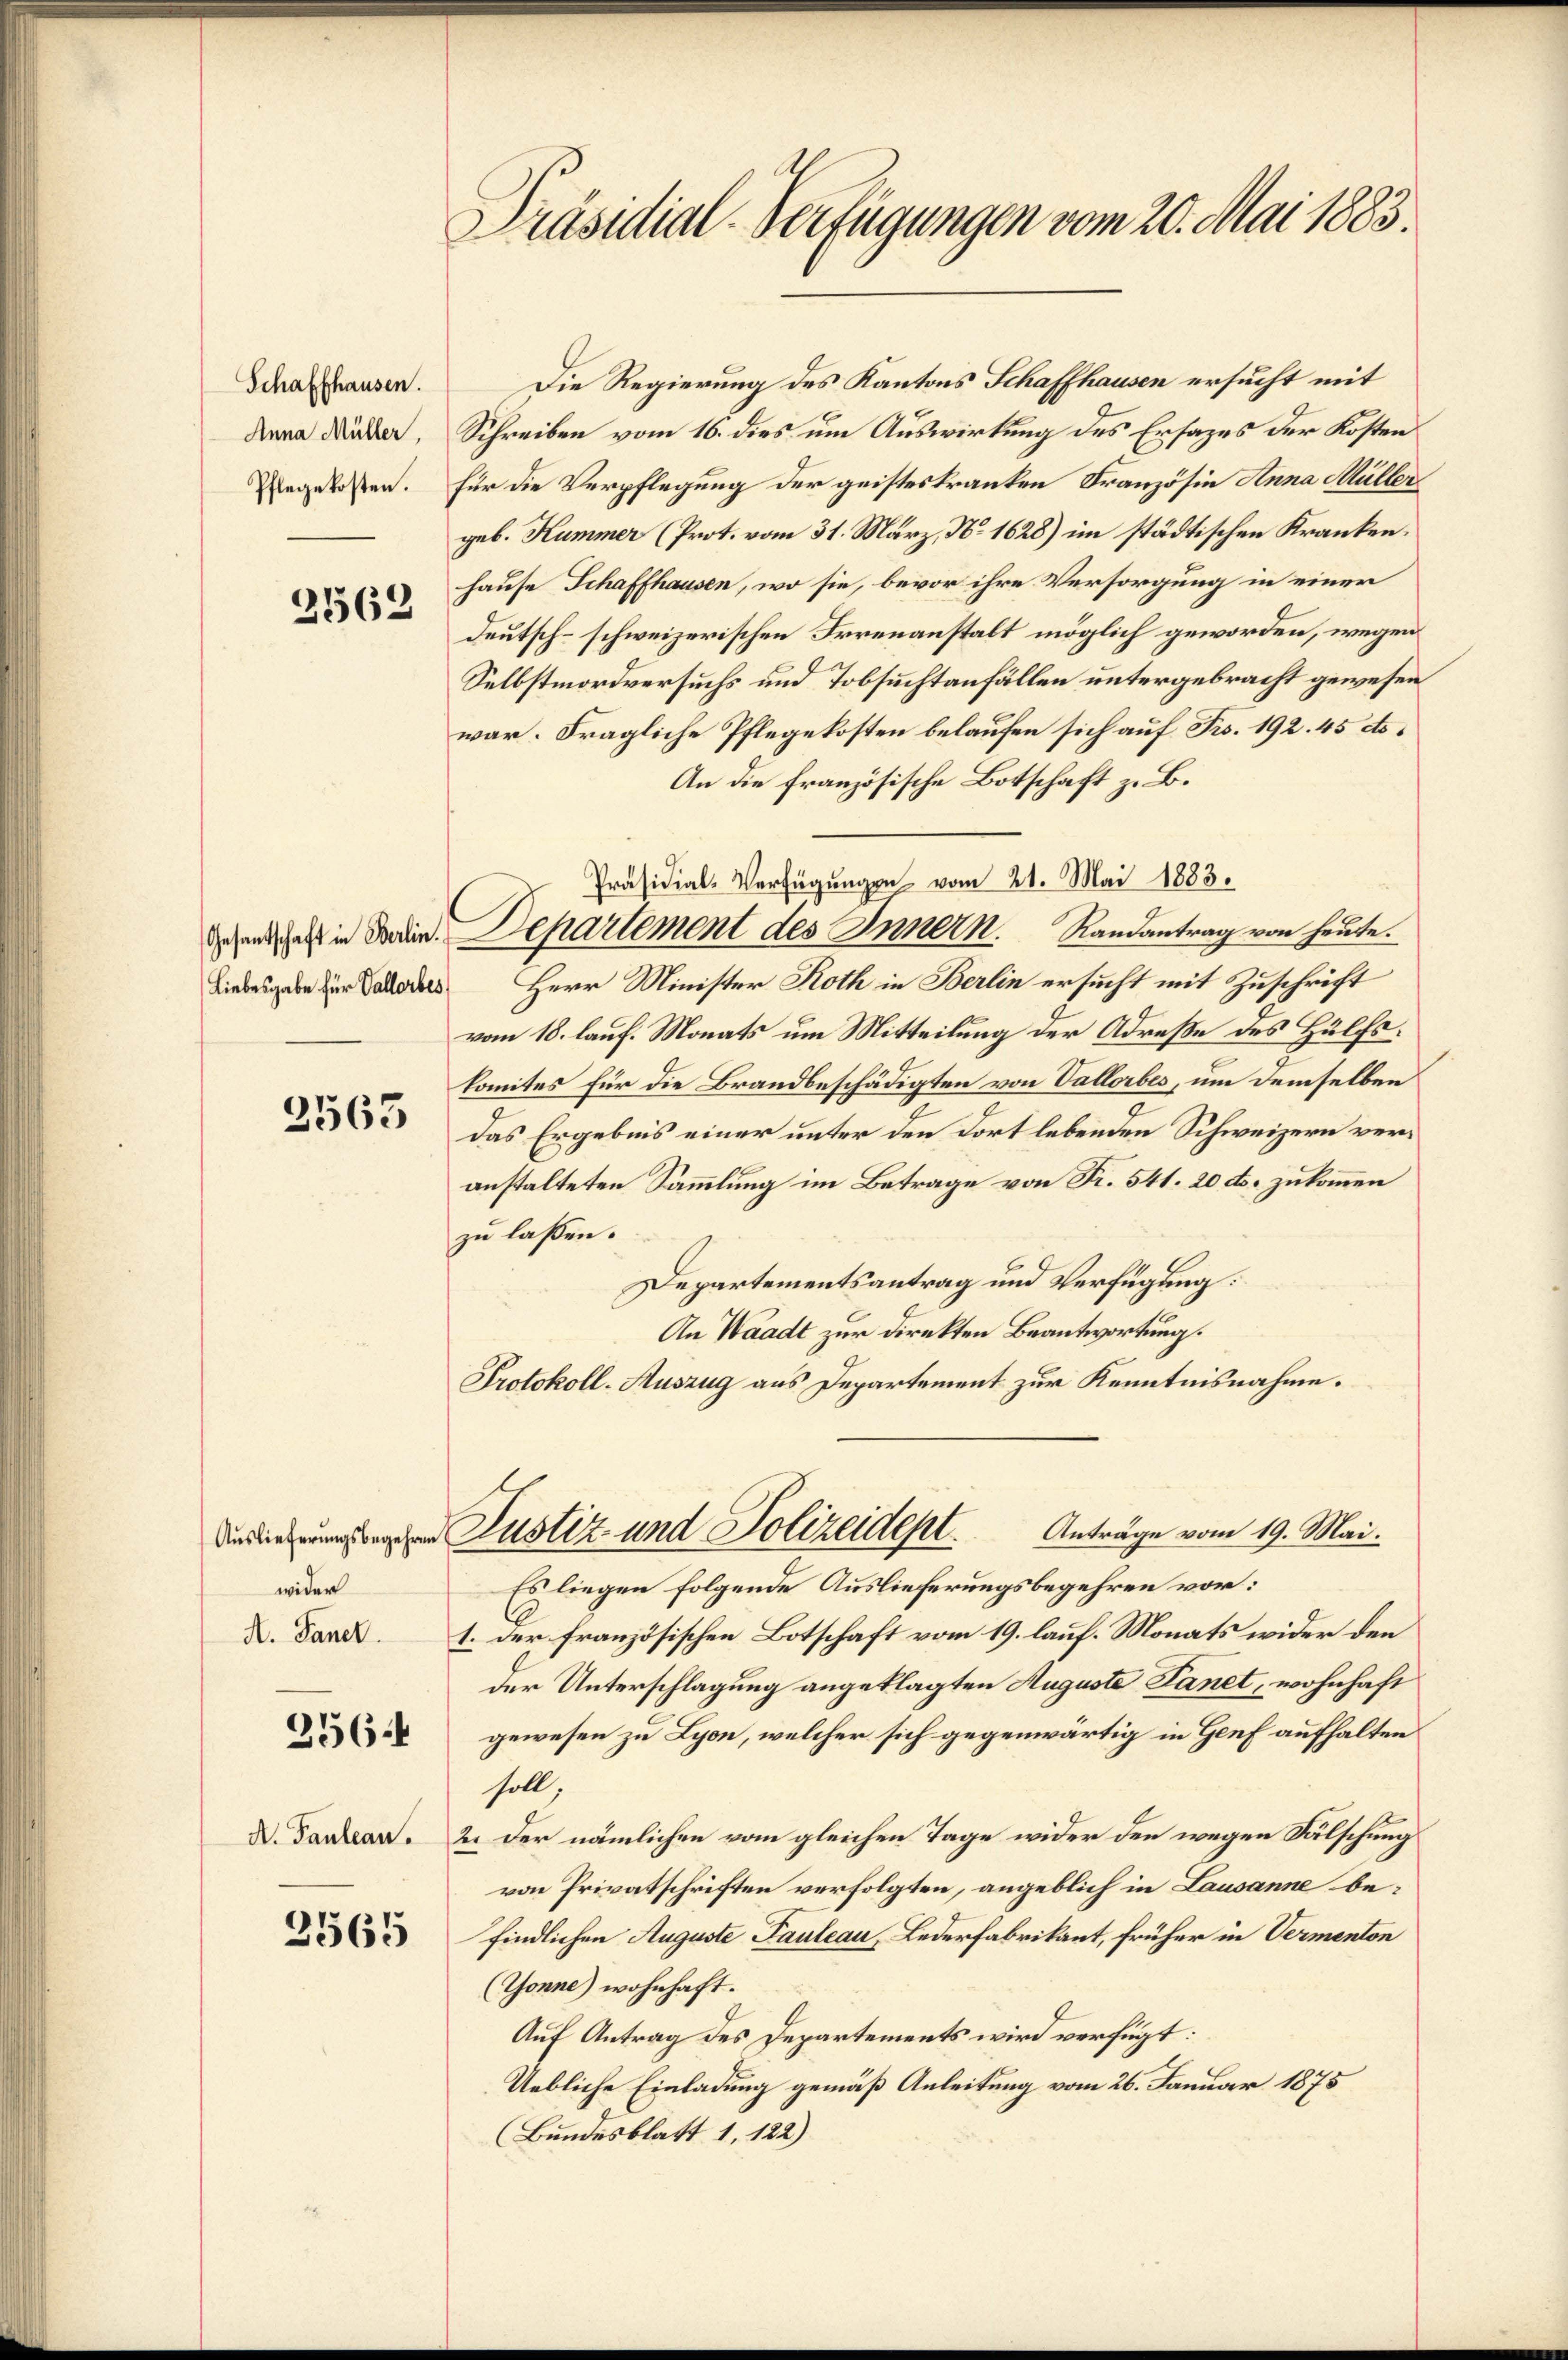
Schaffhausen.
Anna Müller,
Pflegekosten.

2569

Gesantschaft in Berlin.

2563

Auslieferungsbegehren
wider
A. Janel.

356.

3565

Präsidial-Verfügungen vom 20. Mai 1883.

Die Regierung des Kantons Schaffhausen ersucht mit
Schreiben vom 16. dies um Auswirkung des Ersatzes der Kosten
Für die Verpflegung der geisteskranken Französin Anna Müller
geb. Kummer (Prot. vom 31. März, No. 1628) im städtischen Krankenhause Schaffhausen, wo sie, bevor ihre Versorgung in einer
deutsch-schweizerischen Irrenanstalt möglich geworden, wegen
Selbstmordversuchs und Tobsuchtanfällen untergebracht gewesen
war. Fragliche Pflegekosten belaufen sich auf Frs. 192. 45 d.
An die französische Botschaft z. B.
Departement des Innern. Randantrag von heute.
Liebesgabe zur Jahres Herr Minister Roth in Berlin ersucht mit Zuschrift
vom 18. lauf. Monats um Mitteilung der Adreße des Hülfskomites für die Brandbeschädigten von Vallorbes, um demselben
das Ergebnis einer unter den dort lebenden Schweizern veranstalteten Sammlung im Betrage von Fr. 541. 20 ds. zukommen
zu lassen.
Departementsantrag und Verfügung:
An Waadt zur Direkten Beantwortung.
Protokoll-Auszug aus Departement zur Kenntnisnahme.

Präsidial-Verfügungen vom 21. Mai 1883.

Anträge vom 19. Mai.
Justiz- und Polizeidept.

Es liegen folgende Auslieferungsbegehren vor:
1. Der französischen Botschaft vom 19. lauf. Monats wider den
der Unterschlagung angeklagten Auguste Tanet, wohnhaft
gewesen zu Lyon, welcher sich gegenwärtig in Genf aufhalten
soll;
. n. 2. der nämlichen vom gleichen Tage wider den wegen Fälschung
von Privatschriften verfolgten, angeblich in Lausanne befindlichen Auguste Pauleau, Lederfabrikant, früher in Vermenton
(Tonne) wohnhaft.
Auf Antrag des Departements wird verfügt:
Uebliche Einladung gemäß Anleitung vom 26. Januar 1875
(Bundesblatt 1, 122)